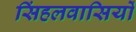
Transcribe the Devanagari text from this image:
सिंहलवासियों